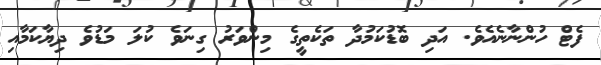
ފެޓް ހުންނާނެއެވެ. އަދި ބޮޑުކަމުދާ ތަކެތީގެ މިންވަރު ގިނަވެ ކުލަ މަޑުވެ ދިޔާކަމާއި